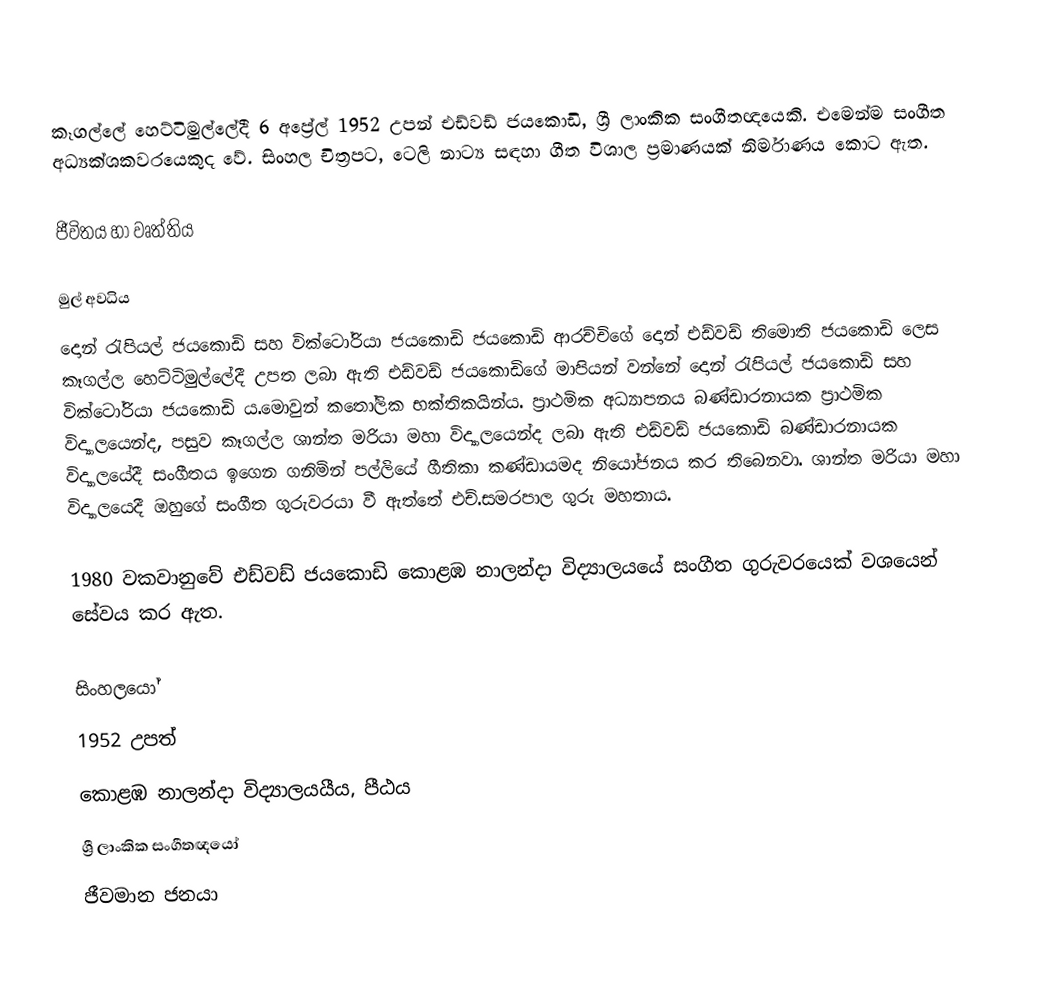
කෑගල්ලේ හෙට්ටිමුල්ලේදී 6 අප්‍රේල් 1952 උපන් එඩ්වඩ් ජයකොඩි, ශ්‍රී ලාංකික සංගීතඥයෙකි. එමෙන්ම සංගීත අධ්‍යක්ශකවරයෙකුද වේ. සිංහල චිත්‍රපට, ටෙලි නාට්‍ය සඳහා ගීත විශාල ප්‍රමාණයක් නිර්මාණය කොට ඇත.

ජීවිතය හා වෘත්තිය

මුල් අවධිය
දොන් රැපියල් ජයකොඩි සහ වික්ටෝරියා ජයකොඩි ජයකොඩි ආරච්චිගේ දොන් එඩ්වඩ් තිමොති ජයකොඩි ලෙස කෑගල්ල හෙට්ටිමුල්ලේදී උපත ලබා ඇති එඩ්වඩ් ජයකොඩිගේ මාපියන් වන්නේ දොන් රැපියල් ජයකොඩි සහ වික්ටෝරියා ජයකොඩි ය.මොවුන් කතෝලික භක්තිකයින්ය. ප්‍රාථමික අධ්‍යාපනය බණ්ඩාරනායක ප්‍රාථමික විද්‍යාලයෙන්ද, පසුව කෑගල්ල ශාන්ත මරියා මහා විද්‍යාලයෙන්ද ලබා ඇති එඩ්වඩ් ජයකොඩි බණ්ඩාරනායක විද්‍යාලයේදී සංගීතය ඉගෙන ගනිමින් පල්ලියේ ගීතිකා කණ්ඩායමද නියෝජනය කර තිබෙනවා. ශාන්ත මරියා මහා විද්‍යාලයෙදී ඔහුගේ සංගීත ගුරුවරයා වී ඇත්තේ එච්.සමරපාල ගුරු මහතාය.

1980 වකවානුවේ එඩ්වඩ් ජයකොඩි කොළඹ නාලන්දා විද්‍යාලයයේ සංගීත ගුරුවරයෙක් වශයෙන් සේවය කර ඇත.

සිංහලයෝ
1952 උපත්
කොළඹ නාලන්දා විද්‍යාලයයීය, පීඨය
ශ්‍රී ලාංකික සංගීතඥයෝ
ජීවමාන ජනයා